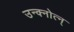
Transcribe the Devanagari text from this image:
उन्क्नोत्न्